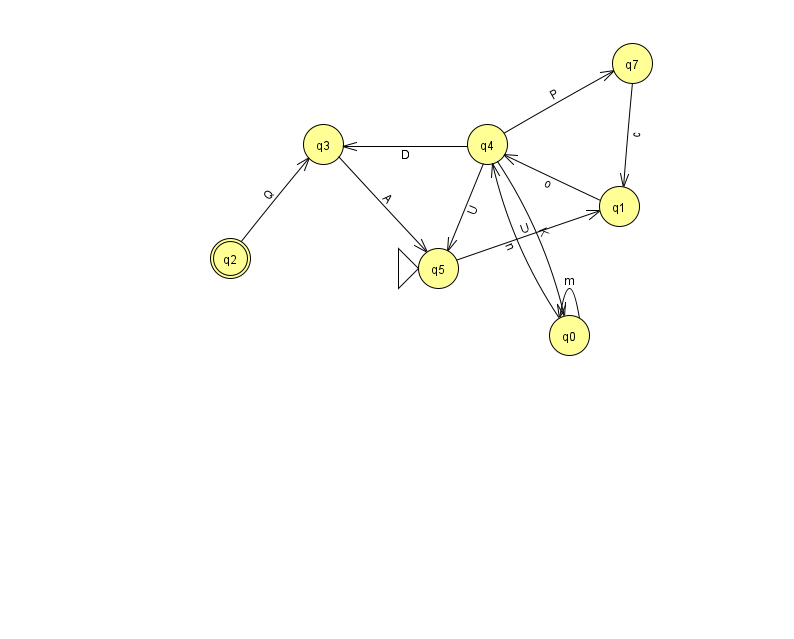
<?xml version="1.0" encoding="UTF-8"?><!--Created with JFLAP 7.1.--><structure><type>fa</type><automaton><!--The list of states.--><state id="0" name="q0"><x>569.0</x><y>322.0</y></state><state id="1" name="q1"><x>619.0</x><y>193.0</y></state><state id="2" name="q2"><x>230.0</x><y>245.0</y><final/></state><state id="3" name="q3"><x>323.0</x><y>131.0</y></state><state id="4" name="q4"><x>487.0</x><y>131.0</y></state><state id="5" name="q5"><x>438.0</x><y>255.0</y><initial/></state><state id="7" name="q7"><x>632.0</x><y>50.0</y></state><!--The list of transitions.--><transition><from>4</from><to>3</to><read>D</read></transition><transition><from>1</from><to>4</to><read>o</read></transition><transition><from>4</from><to>5</to><read>U</read></transition><transition><from>4</from><to>7</to><read>P</read></transition><transition><from>3</from><to>5</to><read>A</read></transition><transition><from>0</from><to>4</to><read>n</read></transition><transition><from>2</from><to>3</to><read>Q</read></transition><transition><from>7</from><to>1</to><read>c</read></transition><transition><from>0</from><to>0</to><read>m</read></transition><transition><from>4</from><to>0</to><read>K</read></transition><transition><from>5</from><to>1</to><read>U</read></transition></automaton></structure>